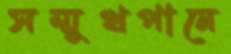
সম্মুখপানে